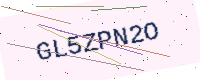
Text: GL5ZPN2O